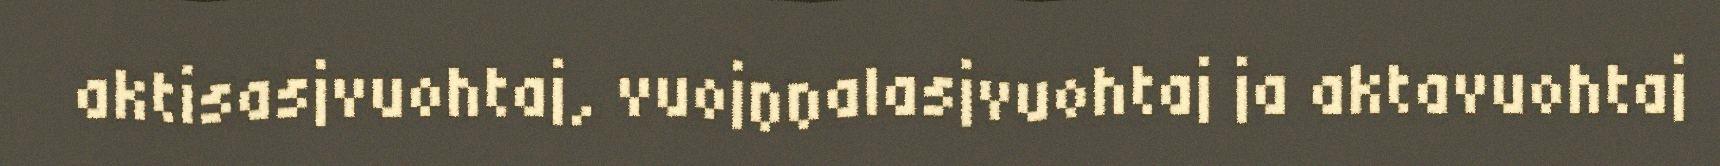
aktisasjvuohtaj, vuojŋŋalasjvuohtaj ja aktavuohtaj